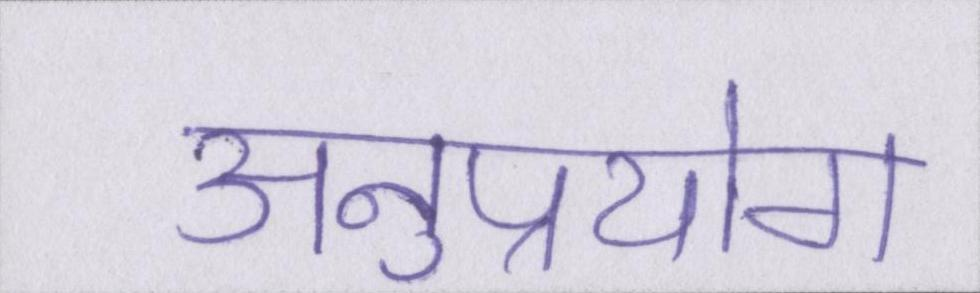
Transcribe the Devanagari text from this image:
अनुप्रयोग